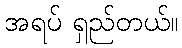
အရပ် ရှည်တယ်။